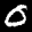
Label: 0